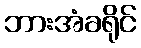
ဘားအံခရိုင်